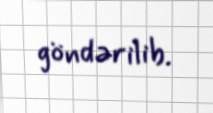
göndərilib.